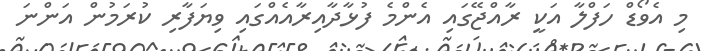
މި އެވޯޑް ހަފްލާ އަކީ ރާއްޖޭގައި އެންމެ ފުޅާދާއިރާއެއްގައި ވިޔަފާރި ކުރަމުން އަންނަ